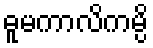
ဓူမကာလိကမ္ပိ